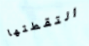
التقطتها